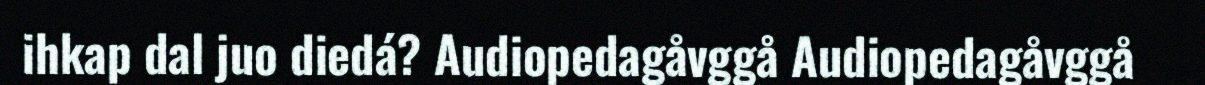
ihkap dal juo diedá? Audiopedagåvggå Audiopedagåvggå